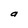
Character: a